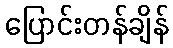
ပြောင်းတန်ချိန်